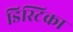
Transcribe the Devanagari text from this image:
डिस्टिका